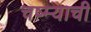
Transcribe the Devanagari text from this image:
चष्म्याची